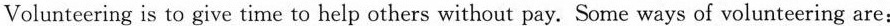
Volunteering is to give time to help others without pay. Some ways of volunteering are: